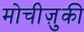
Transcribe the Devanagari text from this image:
मोचीज़ुकी